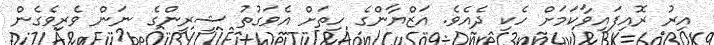
އިރު ރޮއިފައިވާކަމަށް ހެކި ދެއެވެ. އަޒްޔާންގެ ހިތަށް އެވަގުތު ޝީރީންގެ ނަން ވެރިވެގެން